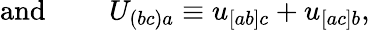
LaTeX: \mathrm{and~}\qquad U_{(bc)a}\equiv u_{[ab]c}+u_{[ac]b},